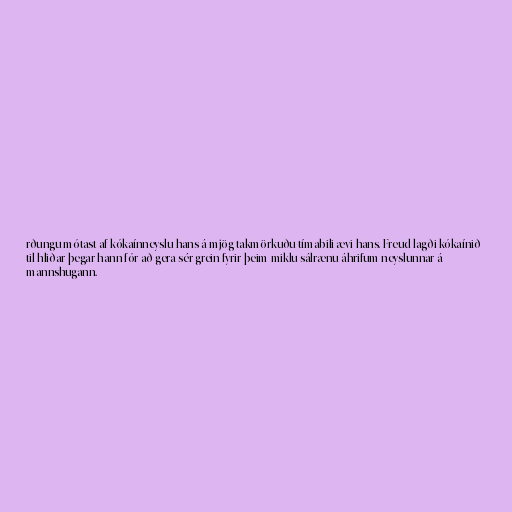
rðungu mótast af kókaínneyslu hans á mjög takmörkuðu tímabili ævi hans. Freud lagði kókaínið
til hliðar þegar hann fór að gera sér grein fyrir þeim miklu sálrænu áhrifum neyslunnar á
mannshugann.